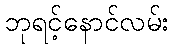
ဘုရင့်နောင်လမ်း